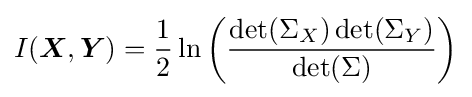
I({\boldsymbol {X}},{\boldsymbol {Y}})={\frac {1}{2}}\ln \left({\frac {\det(\Sigma _{X})\det(\Sigma _{Y})}{\det(\Sigma )}}\right)